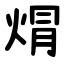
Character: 焨